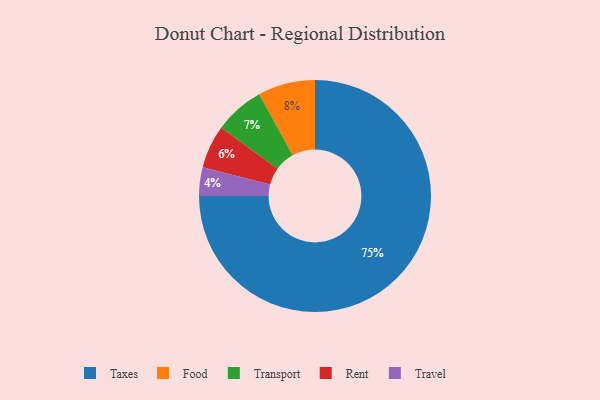
{"axis": {"x": "Category", "y": "Percentage"}, "legend": ["Food", "Rent", "Taxes", "Transport", "Travel"], "data": [{"x": "Taxes", "y": 75, "type": "Taxes"}, {"x": "Travel", "y": 4, "type": "Travel"}, {"x": "Rent", "y": 6, "type": "Rent"}, {"x": "Food", "y": 8, "type": "Food"}, {"x": "Transport", "y": 7, "type": "Transport"}]}